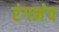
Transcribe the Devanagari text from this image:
रंगमंंच